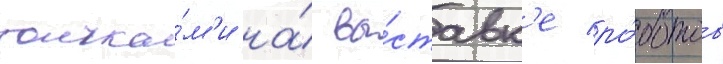
толчка́м'и на́ вы́ставк'е ро́ботов